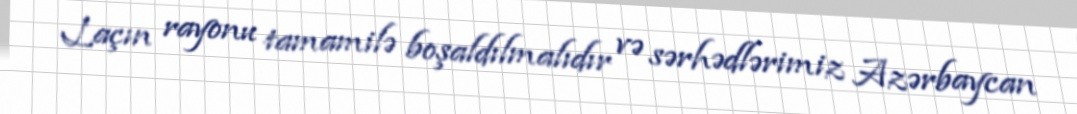
Laçın rayonu tamamilə boşaldılmalıdır və sərhədlərimiz Azərbaycan